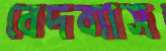
বেদব্যাস